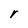
Character: r